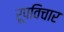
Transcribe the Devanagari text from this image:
रूपविचार